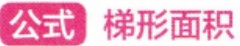
公式 梯形面积